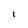
Character: 1